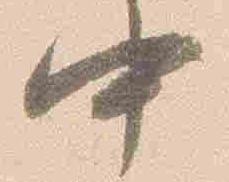
中